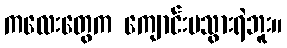
ကလေးတွေက ကျောင်းမသွားရဲဘူး။